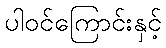
ပါဝင်ကြောင်းနှင့်